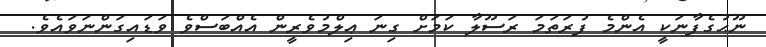
ނޫޙުގެފާނަކީ އެންމެ ފުރަތަމަ ރަސޫލާ ކަމަށް ގިނަ ޢިލްމުވެރީން އެއްބަސްވެ ވަޑައިގަންނަވައެވެ.